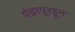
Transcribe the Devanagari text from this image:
पंढरपूरहून